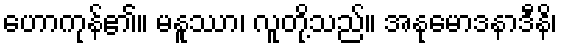
ဟောကုန်၏။ မနူဿာ၊ လူတို့သည်။ အနုမောဒနာဒီနိ၊